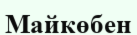
Майкөбен